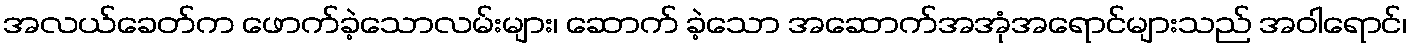
အလယ်ခေတ်က ဖောက်ခဲ့သောလမ်းများ၊ ဆောက် ခဲ့သော အဆောက်အအုံအရောင်များသည် အဝါရောင်၊